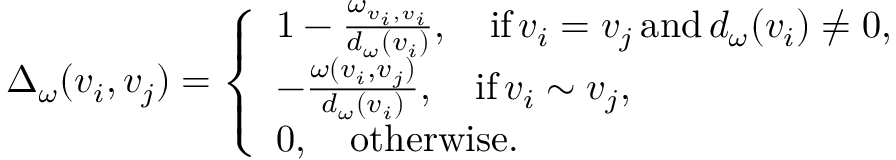
\Delta _ { \omega } ( v _ { i } , v _ { j } ) = \left\{ \begin{array} { l l } { 1 - \frac { \omega _ { v _ { i } , v _ { i } } } { d _ { \omega } ( v _ { i } ) } , \quad \mathrm { i f } \, v _ { i } = v _ { j } \, \mathrm { a n d } \, d _ { \omega } ( v _ { i } ) \neq 0 , } \\ { - \frac { \omega ( v _ { i } , v _ { j } ) } { d _ { \omega } ( v _ { i } ) } , \quad \mathrm { i f } \, v _ { i } \sim v _ { j } , } \\ { 0 , \quad \mathrm { o t h e r w i s e } . } \end{array} \right.